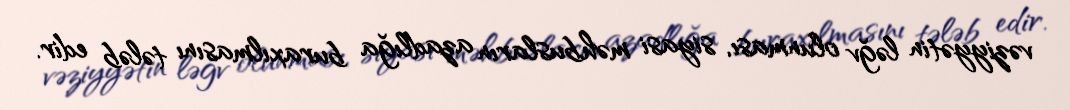
vəziyyətin ləğv olunması, siyasi məhbusların azadlığa buraxılmasını tələb edir.